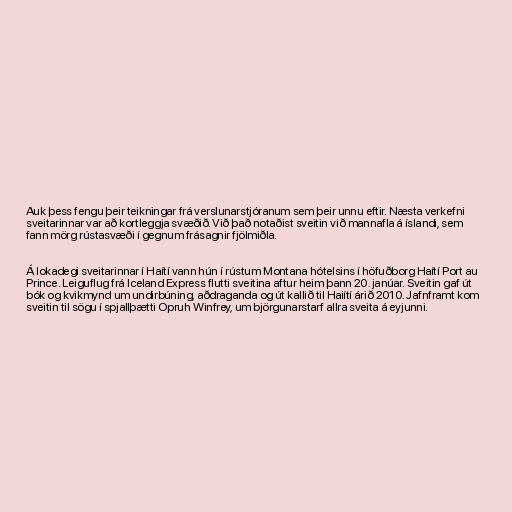
Auk þess fengu þeir teikningar frá verslunarstjóranum sem þeir unnu eftir. Næsta verkefni
sveitarinnar var að kortleggja svæðið. Við það notaðist sveitin við mannafla á íslandi, sem
fann mörg rústasvæði í gegnum frásagnir fjölmiðla.

Á lokadegi sveitarinnar í Haítí vann hún í rústum Montana hótelsins í höfuðborg Haítí Port au
Prince. Leiguflug frá Iceland Express flutti sveitina aftur heim þann 20. janúar. Sveitin gaf út
bók og kvikmynd um undirbúning, aðdraganda og út kallið til Haiítí árið 2010. Jafnframt kom
sveitin til sögu í spjallþætti Opruh Winfrey, um björgunarstarf allra sveita á eyjunni.